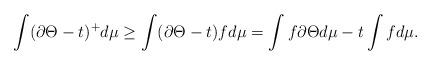
LaTeX: \begin{align*} \int (\partial \Theta - t)^+ d \mu \geq \int (\partial \Theta - t) f d\mu = \int f \partial \Theta d\mu - t \int f d\mu. \end{align*}